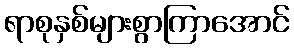
ရာစုနှစ်များစွာကြာအောင်